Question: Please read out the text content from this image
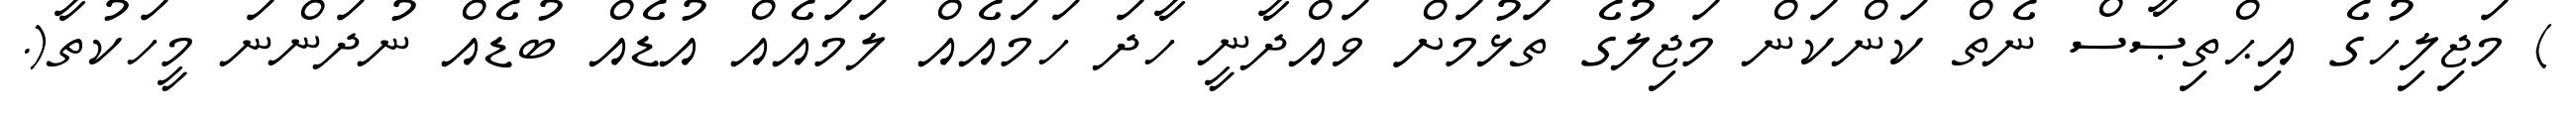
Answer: ) މަޖިލިހުގެ އިޙްތިޞާސް ނެތް ކަންކަން މަޖިލުގެ ތަޅުމަށް ވައްދާނީ ހާދަ ހަމައެއް ލަމައެއް އުޑެއް ބުޑެއް ނުދަންނަ މީހަކުތާ(.